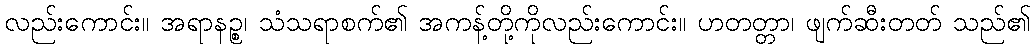
လည်းကောင်း။ အရာနဉ္စ၊ သံသရာစက်၏ အကန့်တို့ကိုလည်းကောင်း။ ဟတတ္တာ၊ ဖျက်ဆီးတတ် သည်၏